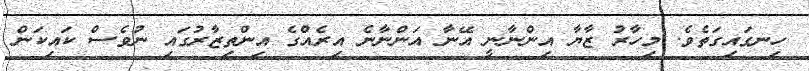
ހިނގައިގަތެވެ. މިހާރު ޒާޔާ އިންނާނީ އޭނާ އަންނާނެ އިރެއްގެ އިންތިޒާރުގައި ނުވެސް ކައިކަން